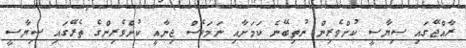
ރާއްޖޭގައި ސިޔާސީ ކުށްވެރިން ނުތިބޭނެ ކަމަށާއި ނަމަވެސް ޖިނާއީ ކުށްވެރިންގެ ތެރޭގައި ސިޔާސީ